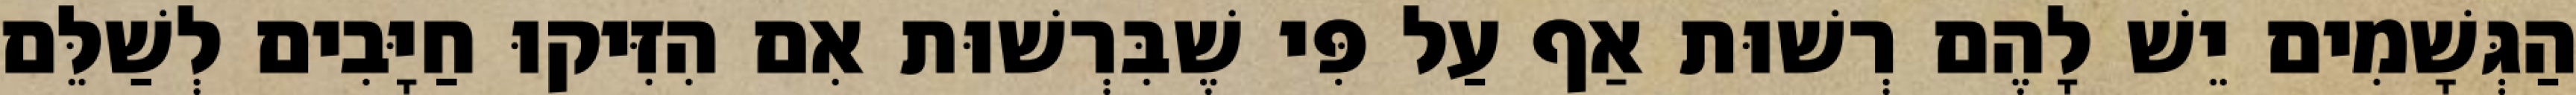
הַגְּשָׁמִים יֵשׁ לָהֶם רְשׁוּת אַף עַל פִּי שֶׁבִּרְשׁוּת אִם הִזִּיקוּ חַיָּבִים לְשַׁלֵּם